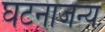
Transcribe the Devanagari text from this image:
घटनाजन्य